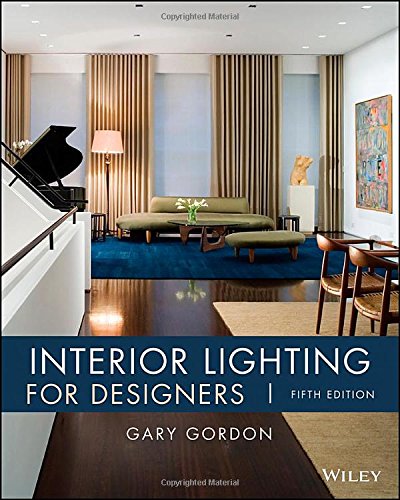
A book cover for Interior Lighting for Designers; Gary Gordon; Arts & Photography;